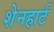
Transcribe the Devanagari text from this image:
शेनहार्ट